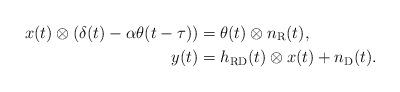
LaTeX: \begin{align*}x(t)\otimes (\delta(t) - \alpha \theta(t-\tau)) &= \theta(t) \otimes n_{\rm R}(t),\\y(t) &= h_{\rm RD}(t) \otimes x(t) + n_{\rm D}(t).\end{align*}